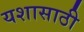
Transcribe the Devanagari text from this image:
यशासाठी